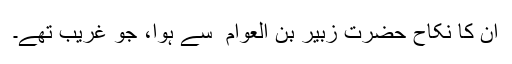
ان کا نکاح حضرت زبیر بن العوّام ؓ سے ہوا، جو غریب تھے۔